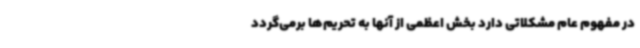
در مفهوم عام مشکلاتی دارد بخش اعظمی از آنها به تحریم‌ها برمی‌گردد